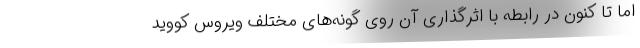
اما تا کنون در رابطه با اثرگذاری آن روی گونه‌های مختلف ویروس کووید